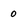
Character: 0